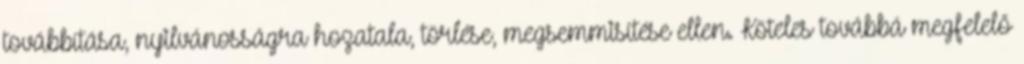
továbbítása, nyilvánosságra hozatala, törlése, megsemmisítése ellen. Köteles továbbá megfelelő